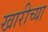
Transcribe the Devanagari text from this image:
खारीच्या